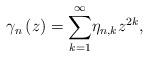
LaTeX: \begin{align*}\gamma_{n}\left( z\right) ={\displaystyle\sum\limits_{k=1}^{\infty}}\eta_{n,k}z^{2k}, \end{align*}